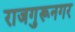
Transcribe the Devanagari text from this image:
राजगुरूनगर